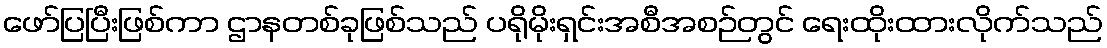
ဖော်ပြပြီးဖြစ်ကာ ဌာနတစ်ခုဖြစ်သည် ပရိုမိုးရှင်းအစီအစဉ်တွင် ရေးထိုးထားလိုက်သည်